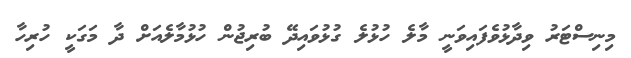
މިނިސްޓަރު ވިދާޅުވެފައިވަނީ މާލެ ހުޅުލެ ގުޅުވައިދޭ ބުރިޖުން ހުޅުމާލެއަށް ދާ މަގަކީ ހުރިހާ